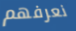
نعرفهم